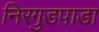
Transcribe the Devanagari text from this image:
निरगुडपाडा